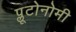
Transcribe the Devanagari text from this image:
प्लूटोनोमी